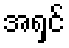
အရှင်